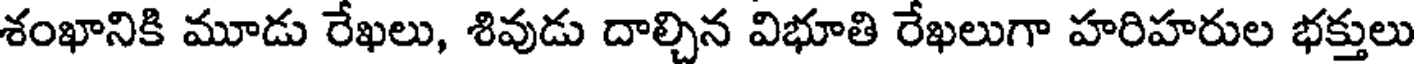
శంఖానికి మూడు రేఖలు, శివుడు దాల్చిన విభూతి రేఖలుగా హరిహరుల భక్తులు